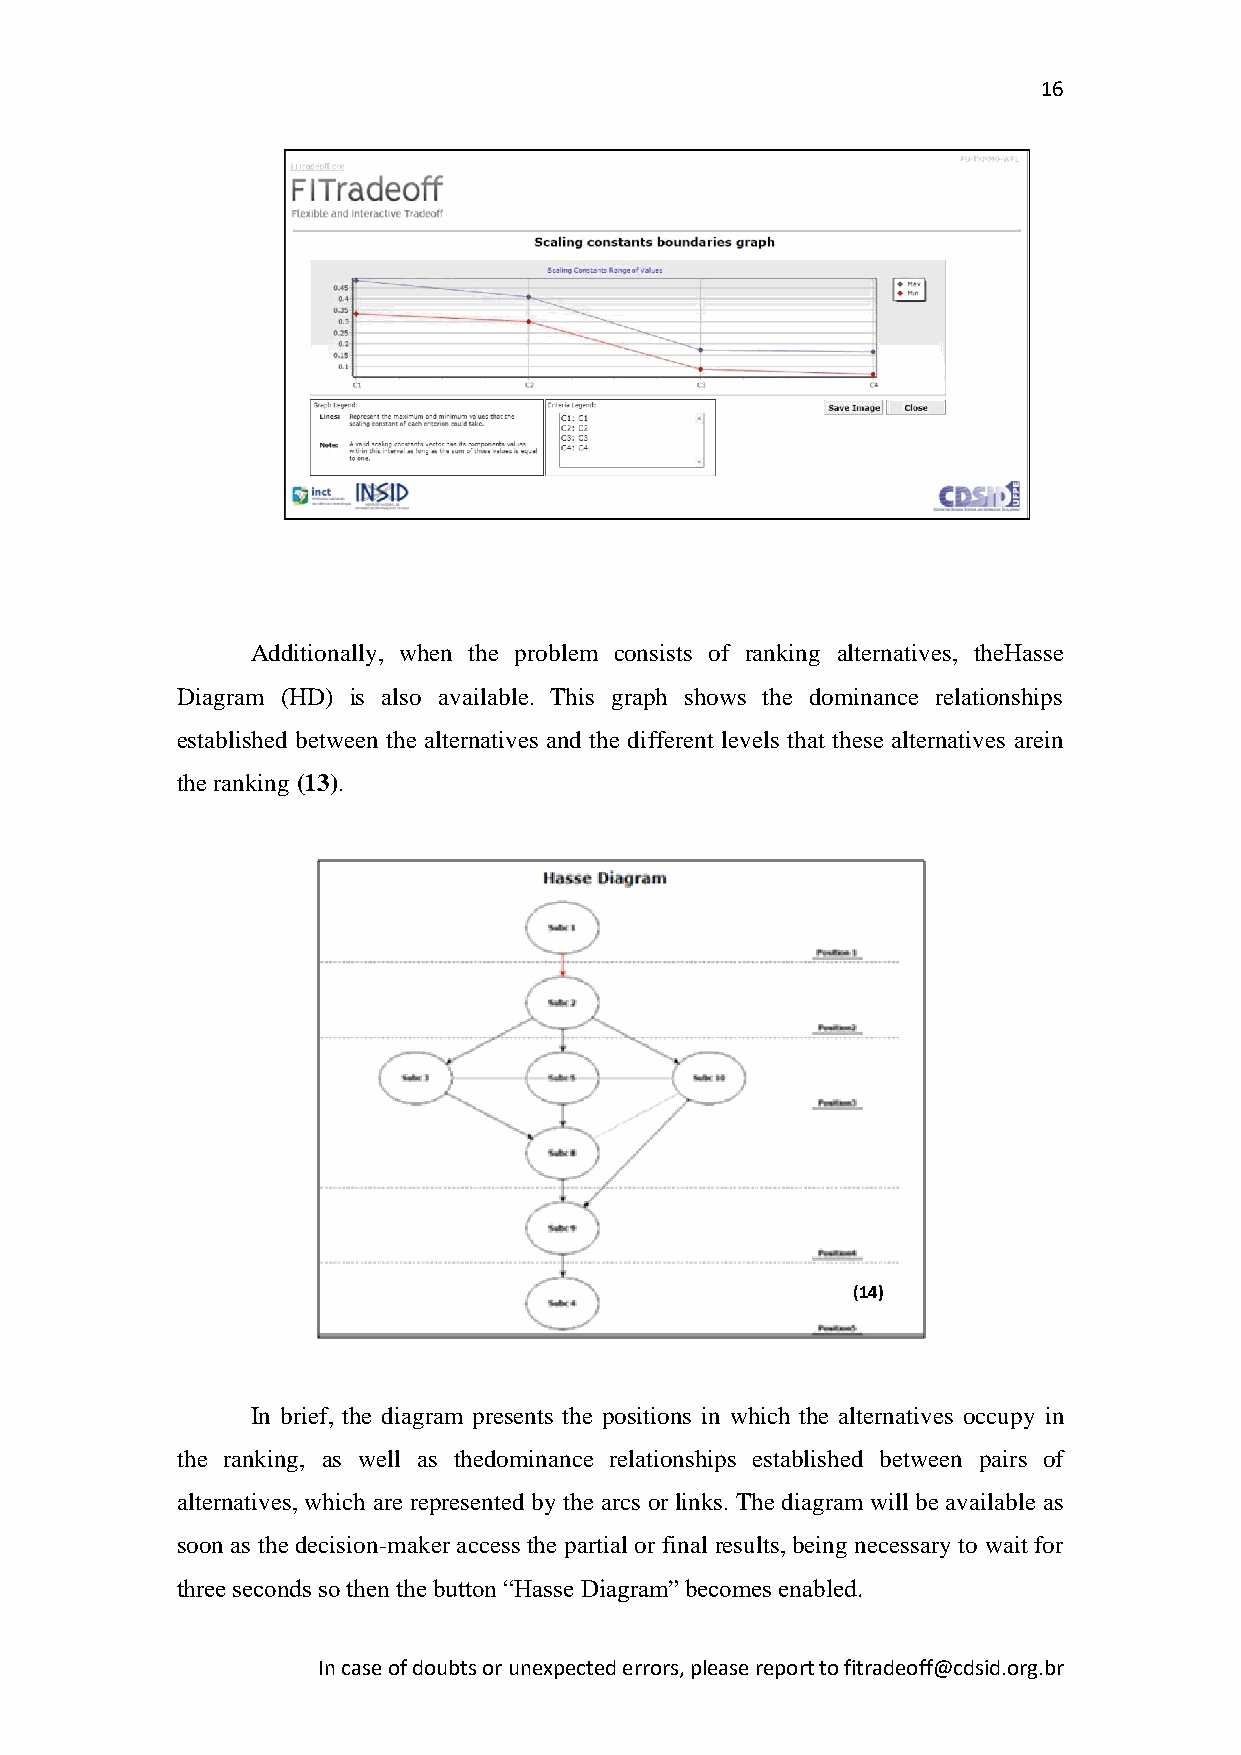
16
 Additionally, when the problem consists of ranking alternatives, theHasse
 Diagram (HD) is also available. This graph shows the dominance relationships
 established between the alternatives and the different levels that these alternatives arein
 the ranking (13).
 (14)
 In brief, the diagram presents the positions in which the alternatives occupy in
 the ranking, as well as thedominance relationships established between pairs of
 alternatives, which are represented by the arcs or links. The diagram will be available as
 soon as the decision-maker access the partial or final results, being necessary to wait for
 three seconds so then the button “Hasse Diagram” becomes enabled.
 In case of doubts or unexpected errors, please report to fitradeoff@cdsid.org.br